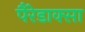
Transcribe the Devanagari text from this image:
पैरेडाक्सा